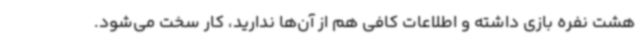
هشت نفره بازی داشته و اطلاعات کافی هم از آن‌ها ندارید، کار سخت می‌شود.